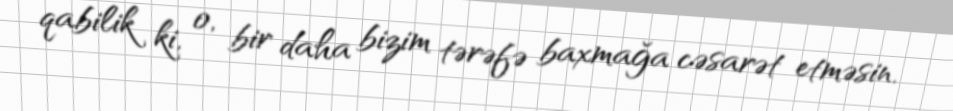
qabilik ki, o, bir daha bizim tərəfə baxmağa cəsarət etməsin.